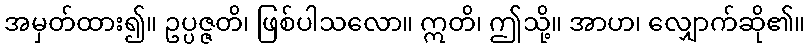
အမှတ်ထား၍။ ဥပ္ပဇ္ဇတိ၊ ဖြစ်ပါသလော။ ဣတိ၊ ဤသို့။ အာဟ၊ လျှောက်ဆို၏။